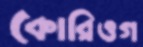
কোরিওগ